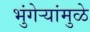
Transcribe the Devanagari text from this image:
भुंगेर्‍यांमुळे